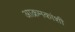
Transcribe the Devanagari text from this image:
आक्रमकांशी